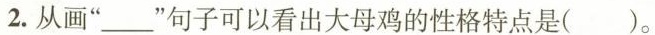
2.从画”___”句子可以看出大母鸡的性格特点是（）。